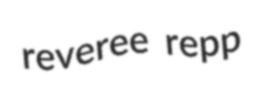
reveree repp